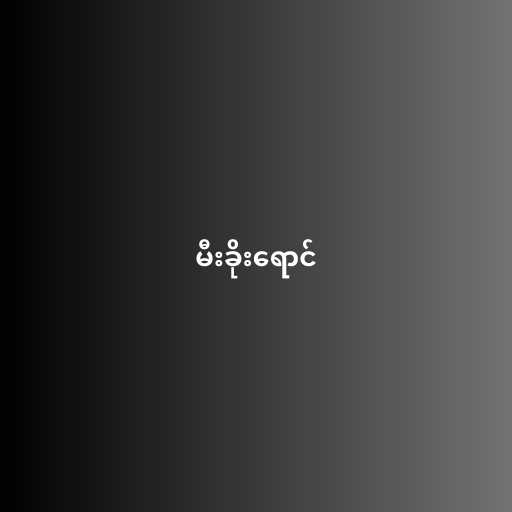
မီးခိုးရောင်